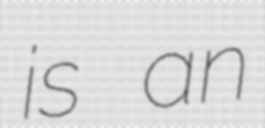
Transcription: is an